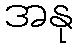
အနု